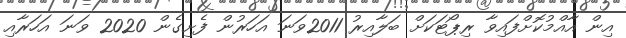
އިން އާއްމުކޮށްފައިވާ ރިޕޯޓަކަށް ބަލާއިރު 2011ވަނަ އަހަރުން ފެށިގެން 2020 ވަނަ އަހަރާއި